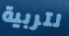
لتربية